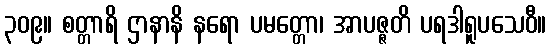
၃၀၉။ စတ္တာရိ ဌာနာနိ နရော ပမတ္တော၊ အာပဇ္ဇတိ ပရဒါရူပသေဝီ။